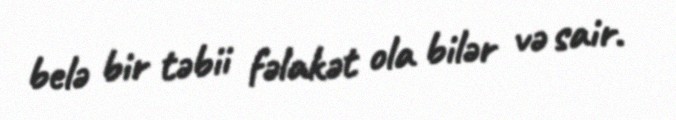
belə bir təbii fəlakət ola bilər və sair.